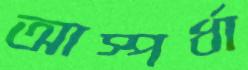
আস্পর্ধা